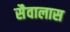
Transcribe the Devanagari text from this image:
सैवालास